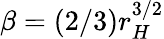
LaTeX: \beta=(2/3)r_{H}^{3/2}